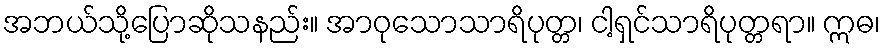
အဘယ်သို့ပြောဆိုသနည်း။ အာဝုသောသာရိပုတ္တ၊ ငါ့ရှင်သာရိပုတ္တရာ။ ဣဓ၊